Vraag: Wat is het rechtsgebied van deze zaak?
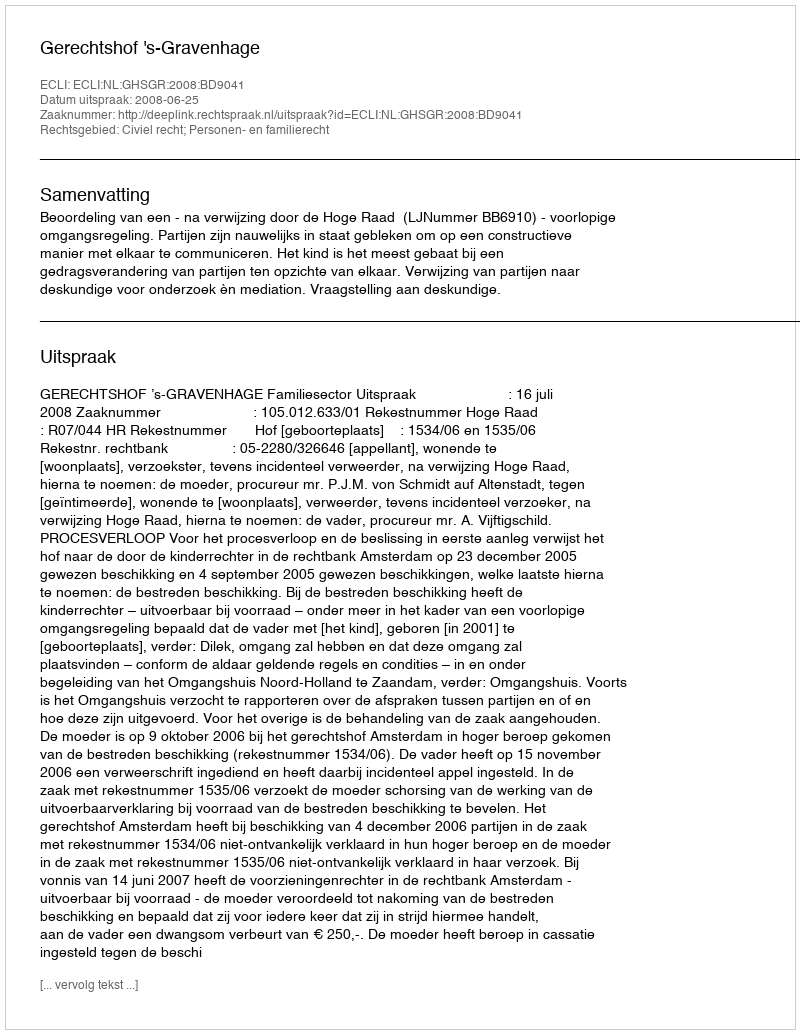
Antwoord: Civiel recht; Personen- en familierecht